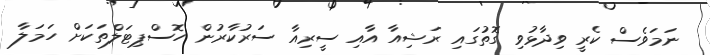
ނަމަވެސް ކެރީ ވިދާޅުވި ގޮތުގައި ރަޝިއާ އާއި ސީރިއާ ސަރުކާރުން ހޮސްޕިޓަލްތަކަށް ހަމަލާ